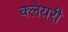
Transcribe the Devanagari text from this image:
क्लेयरी